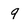
Character: 9